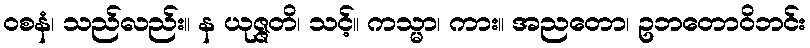
ဝစနံ၊ သည်လည်း။ န ယုဇ္ဇတိ၊ သင့်။ ကသ္မာ၊ ကား။ အညတော၊ ဥဘတောဝိဘင်း